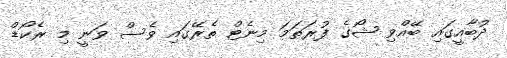
ދުބާއީގައި ބޭއްވި ޝޯގެ ފުރަތަމަ މިނެޓް ތެރޭގައި ވެސް ވަނީ މި ރެކޯޑް